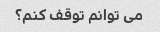
می توانم توقف کنم؟